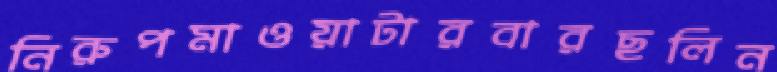
নিরুপমাওয়াটারবারছলিন